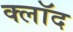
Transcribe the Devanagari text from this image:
क्लॉद